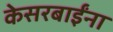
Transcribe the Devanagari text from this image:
केसरबाईंना